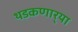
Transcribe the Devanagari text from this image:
थडकणार्‍या